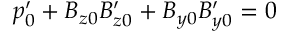
p _ { 0 } ^ { \prime } + B _ { z 0 } B _ { z 0 } ^ { \prime } + B _ { y 0 } B _ { y 0 } ^ { \prime } = 0